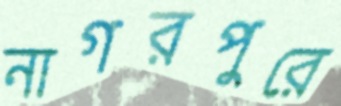
নাগরপুরে